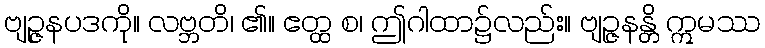
ဗျဉ္ဇနပဒကို။ လဗ္ဘတိ၊ ၏။ ဧတ္ထ စ၊ ဤဂါထာ၌လည်း။ ဗျဉ္ဇနန္တိ ဣမဿ